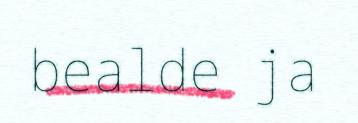
bealde ja